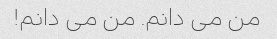
من می دانم. من می دانم!